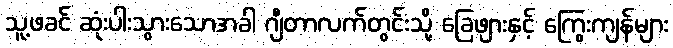
သူ့ဖခင် ဆုံးပါးသွားသောအခါ ဂျီတာလက်တွင်းသို့ ခြေဖျားနှင့် ကြွေးကျန်များ